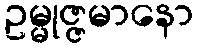
ဥမ္မုဇ္ဇမာနော